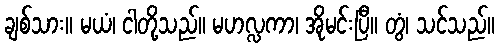
ချစ်သား။ မယံ၊ ငါတို့သည်။ မဟလ္လကာ၊ အိုမင်းပြီ။ တွံ၊ သင်သည်။